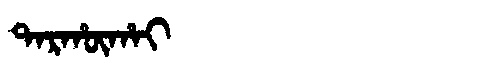
Manchu: ᡨᠠᡵᡥᡡᡥᠠᡳ
Romanization: TARHŪHAI